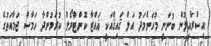
އިސްރާއީލުން ބުނަނީ މުހަންމަދު އަލް ޤައިޤްއަކީ ޣައްޒާ ކޮންޓްރޯލް ކުރަމުންދާ ހަމާސް ޖަމާއަތުގެ